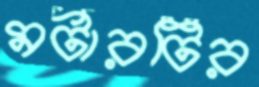
মর্টারটির